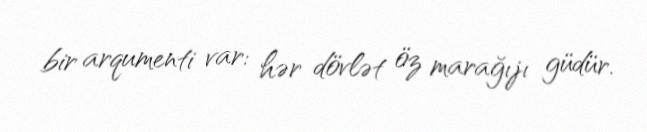
bir arqumenti var: hər dövlət öz marağıjı güdür.